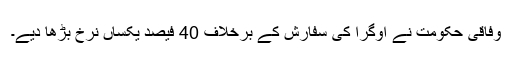
وفاقی حکومت نے اوگرا کی سفارش کے برخلاف 40 فیصد یکساں نرخ بڑھا دیے۔